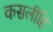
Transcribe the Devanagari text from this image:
कसलीहि